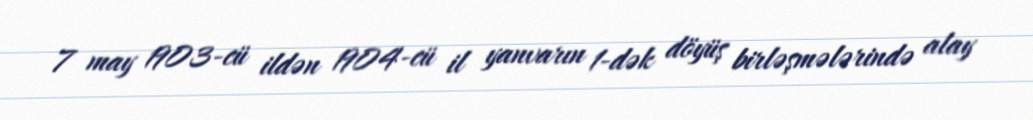
7 may 1903-cü ildən 1904-cü il yanvarın 1-dək döyüş birləşmələrində alay